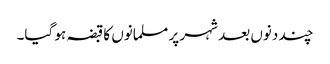
چند دنوں بعد شہر پر مسلمانوں کا قبضہ ہو گیا۔